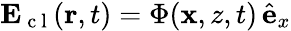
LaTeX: \mathbf{E}_{\mathrm{~c~l~}}(\mathbf{r},t)=\Phi(\mathbf{x},z,t)\, \hat{\mathbf{e}}_{x}